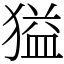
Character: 獈